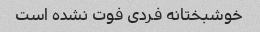
خوشبختانه فردی فوت نشده است